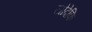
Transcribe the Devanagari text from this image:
जोदेकि